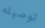
توصيله